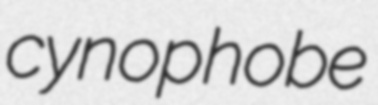
cynophobe